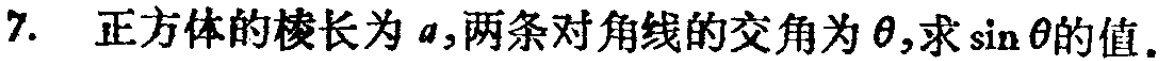
7. 正方体的棱长为\(a\)，两条对角线的交角为\(\theta\)，求\(\sin\theta\)的值.